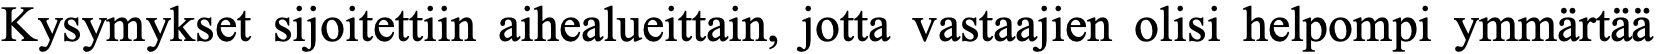
Kysymykset sijoitettiin aihealueittain, jotta vastaajien olisi helpompi ymmärtää